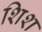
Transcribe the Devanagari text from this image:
शिश